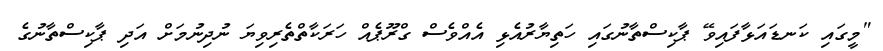
"މީގައި ކަނޑައަޅާފައިވޭ ޕާކިސްތާނުގައި ހަތިޔާރުއެޅި އެއްވެސް ގްރޫޕެއް ހަރަކާތްތެރިވިޔަ ނުދިނުމަށް އަދި ޕާކިސްތާނުގެ